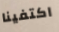
اكتفينا